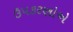
ઉપકરણોએ